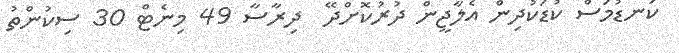
ކަނޑުމަސް ކުޑަކުދިން އެލާޖީން ދުރުކޮށްދޭ  ދިރާސާ 49 މިނެޓް 30 ސިކުންތު